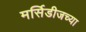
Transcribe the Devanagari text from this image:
मर्सिडीजच्या